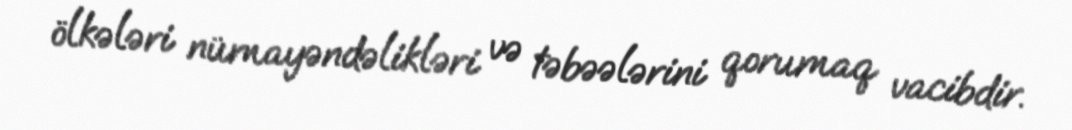
ölkələri nümayəndəlikləri və təbəələrini qorumaq vacibdir.